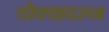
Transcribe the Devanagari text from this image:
डोक्यावरुन